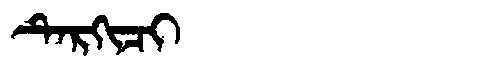
Manchu: ᡨᡝᡵᡴᡳᠴᡳ
Romanization: TERKICI